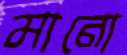
মানো